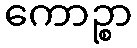
ကောဉ္စာ